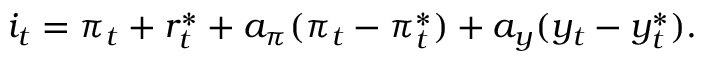
i _ { t } = \pi _ { t } + r _ { t } ^ { * } + a _ { \pi } ( \pi _ { t } - \pi _ { t } ^ { * } ) + a _ { y } ( y _ { t } - y _ { t } ^ { * } ) .